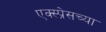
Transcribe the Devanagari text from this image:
एक्स्प्रेसच्या